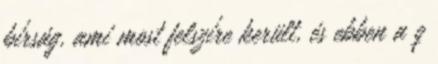
bírság, ami most felszíre került, és ebben a q